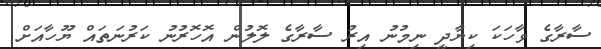
ސާރާގެ ވާހަކަ ކިޔާދީ ނިމުނު އިރު ސާރާގެ ލޮލުން އޮހޮރުނު ކަރުނަތައް ޔޫހާއަށް